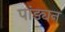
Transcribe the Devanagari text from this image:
पांड्यन